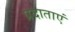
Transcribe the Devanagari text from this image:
प्रदाताएं